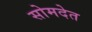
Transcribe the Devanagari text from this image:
सोमदेत